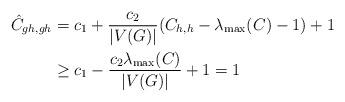
LaTeX: \begin{align*} \hat C_{gh,gh} &= c_1 + {c_2\over |V(G)|}(C_{h,h} - \lambda_{\max}(C) - 1) + 1 \\&\ge c_1 - {c_2 \lambda_{\max}(C)\over |V(G)|} + 1 = 1 \end{align*}